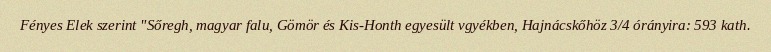
Fényes Elek szerint "Sőregh, magyar falu, Gömör és Kis-Honth egyesült vgyékben, Hajnácskőhöz 3/4 órányira: 593 kath.